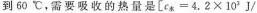
到60℃，需要吸收的热量是[ex=4.2×10^{3}J/